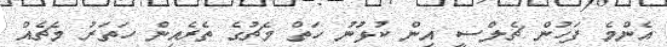
އެންމެ ފަހުން ޗެލްސީ އިން ކުޅުނު ހަތް މެޗުގެ ތެރެއިން ހަތަރު މެޗެއް